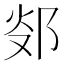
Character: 𨛂